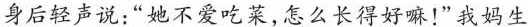
身后轻声说:“她不爱吃莱，怎么长得好嘛!”我妈生